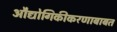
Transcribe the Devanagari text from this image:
औद्योगिकीकरणाबाबत